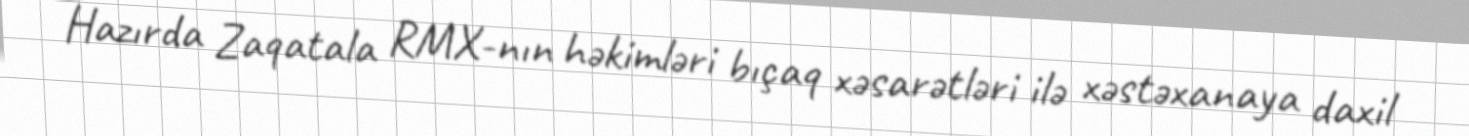
Hazırda Zaqatala RMX-nın həkimləri bıçaq xəsarətləri ilə xəstəxanaya daxil